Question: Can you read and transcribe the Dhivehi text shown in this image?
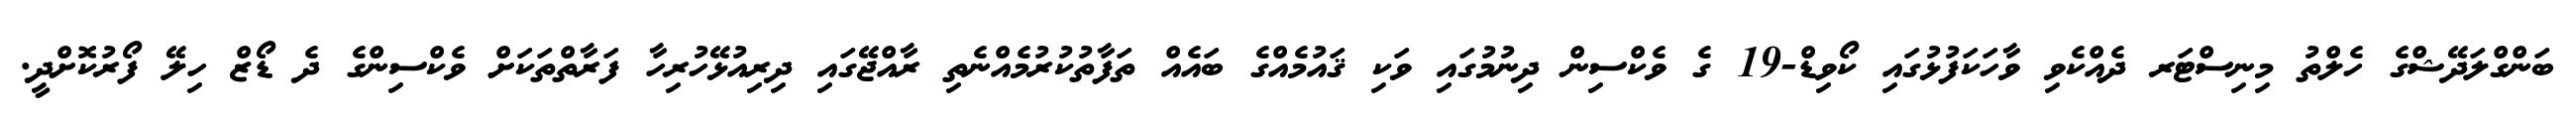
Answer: ބަންގްލަދޭޝްގެ ހެލްތު މިނިސްޓަރ ދެއްކެވި ވާހަކަފުޅުގައި ކޯވިޑް-19 ގެ ވެކްސިން ދިނުމުގައި ވަކި ޤައުމެއްގެ ބައެއް ތަފާތުކުރުމެއްނެތި ރާއްޖޭގައި ދިރިއުޅޭހުރިހާ ފަރާތްތަކަށް ވެކްސިންގެ ދެ ޑޯޒް ހިލޭ ފޯރުކޮށްދީ.